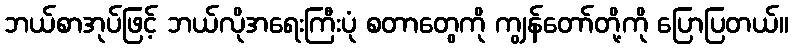
ဘယ်စာအုပ်ဖြင့် ဘယ်လိုအရေးကြီးပုံ စတာတွေကို ကျွန်တော်တို့ကို ပြောပြတယ်။